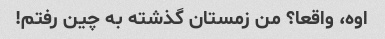
اوه، واقعا؟ من زمستان گذشته به چین رفتم!